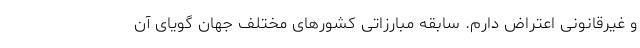
و غیرقانونی اعتراض دارم. سابقه مبارزاتی کشورهای مختلف جهان گویای آن